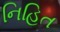
નિહિત